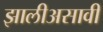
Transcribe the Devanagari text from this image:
झालीअसावी